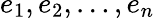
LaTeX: e_{1},e_{2},\ldots,e_{n}